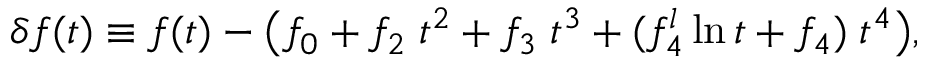
\delta f ( t ) \equiv f ( t ) - \big ( f _ { 0 } + f _ { 2 } \; t ^ { 2 } + f _ { 3 } \; t ^ { 3 } + ( f _ { 4 } ^ { l } \ln t + f _ { 4 } ) \; t ^ { 4 } \big ) ,